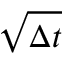
\sqrt { \Delta t }